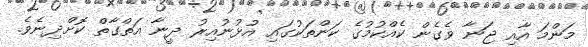
މަންމަ އާއި ޖަނާ ވެގެން ކެއްކުމުގެ ކަންތަކުގައި އުޅުނުއިރު ދީނާ އަތްގާތް ކޮށްދިނެވެ.